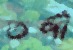
তর্পী